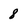
Character: 8